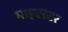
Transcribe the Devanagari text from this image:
माइएस्टर